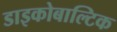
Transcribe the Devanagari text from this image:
डाइकोबाल्टिक